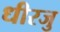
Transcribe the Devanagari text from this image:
धीरजु